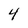
Character: 4